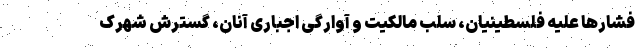
فشارها علیه فلسطینیان، سلب مالکیت و آوارگی اجباری آنان، گسترش شهرک